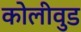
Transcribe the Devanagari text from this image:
कोलीवुड